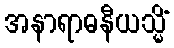
အနာရာဓနီယသ္မိံ